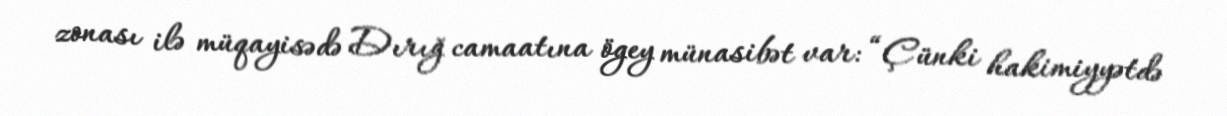
zonası ilə müqayisədə Dırığ camaatına ögey münasibət var: “Çünki hakimiyyətdə